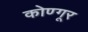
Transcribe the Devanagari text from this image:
कोण्गूर